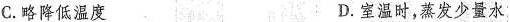
C.略降低温度 D.室温时，蒸发少量水